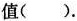
值()。